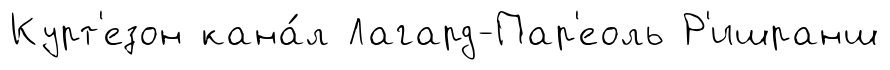
Курт'езон кана́л Лагард-Пар'еоль Р'ишранш